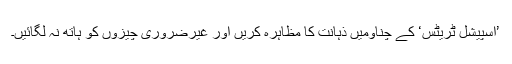
’اسپیشل ٹریٹس‘ کے چناؤمیں ذہانت کا مظاہرہ کریں اور غیرضروری چیزوں کو ہاتھ نہ لگائیں۔